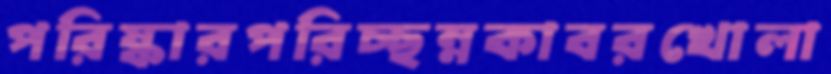
পরিষ্কারপরিচ্ছন্নকাবরখোলা